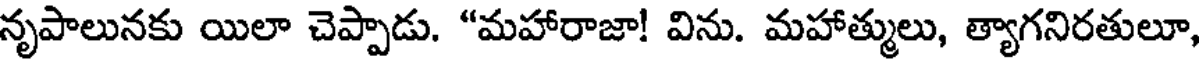
నృపాలునకు యిలా చెప్పాడు. "మహారాజా! విను. మహాత్ములు, త్యాగనిరతులూ,